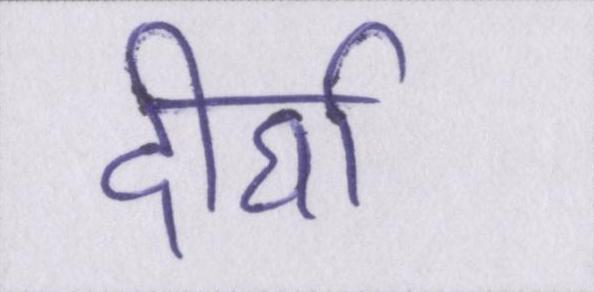
दीर्घा